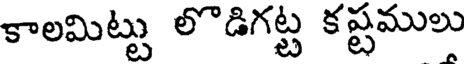
కాలమిట్టు లొడిగట్ట కష్టములు